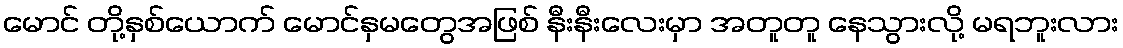
မောင် တို့နှစ်ယောက် မောင်နှမတွေအဖြစ် နီးနီးလေးမှာ အတူတူ နေသွားလို့ မရဘူးလား